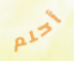
أحلم